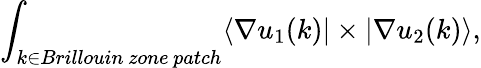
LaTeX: \int_{k\in Brillouin\, zone\, patch}\langle{\nabla u_{1}(k)}|\times|\nabla u_{2}(k)\rangle,